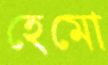
হেমো